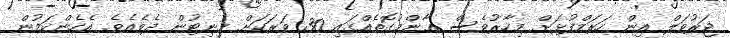
ޖަރުވަލް އިން ހަރަމްފުޅަށް މިހާރުވެސް ޢާންމުގޮތެއްގައި 30 ވަރަކަށް މިނިޓުން ދެވެއެވެ. އެހެންކަމުން